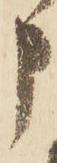
申